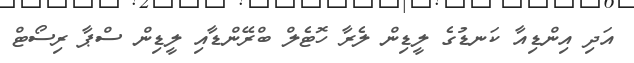
އަދި އިންޑިއާ ކަނޑުގެ ލީޑިން ލެރާ ހޮޓެލް ބްރޭންޑާއި ލީޑިން ސްޕާ ރިސޯޓް